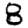
Digit: 8